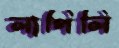
লাগিলি